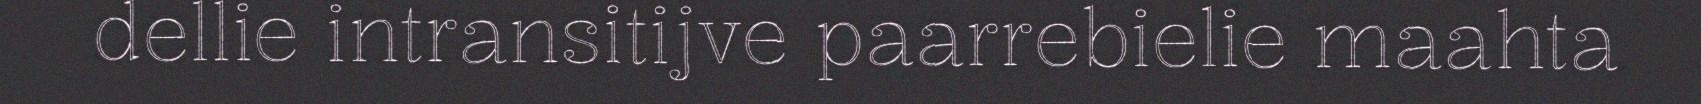
dellie intransitijve paarrebielie maahta